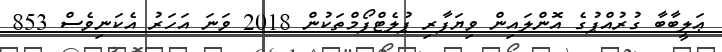
ޢަލީބާބާ ގުރުއްޕުގެ އޮންލައިން ވިޔަފާރި ޕުލެޓްފޯމްތަކުން 2018 ވަނަ އަހަރު އެކަނިވެސް 853